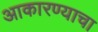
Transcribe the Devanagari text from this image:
आकारण्याचा